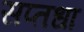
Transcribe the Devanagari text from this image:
सप्तधा